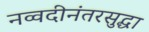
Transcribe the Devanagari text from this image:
नव्वदीनंतरसुद्धा